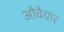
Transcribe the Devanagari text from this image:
औवैयार